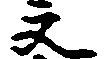
文